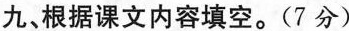
九根据课文内容填空。(7分)